Indian journal of veterinary science and animal husbandry - Volume 10,
Year: 1940
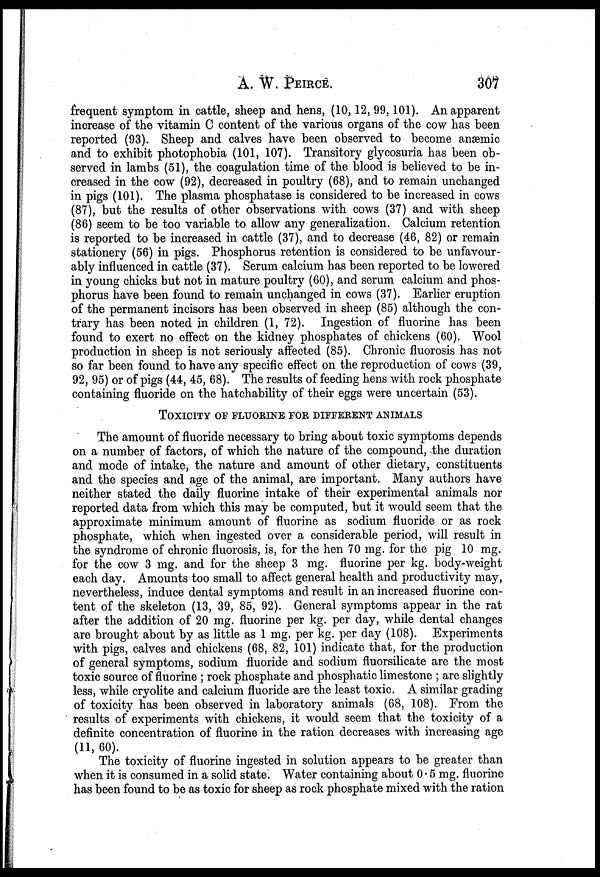
A. W. PEIRCE.
307
frequent symptom in cattle, sheep and hens, (10, 12, 99, 101). An apparent
increase of the vitamin C content of the various organs of the cow has been
reported (93). Sheep and calves have been observed to become anæmic
and to exhibit photophobia (101, 107). Transitory glycosuria has been ob-
served in lambs (51), the coagulation time of the blood is believed to be in-
creased in the cow (92), decreased in poultry (68), and to remain unchanged
in pigs (101). The plasma phosphatase is considered to be increased in cows
(87), but the results of other observations with cows (37) and with sheep
(86) seem to be too variable to allow any generalization. Calcium retention
is reported to be increased in cattle (37), and to decrease (46, 82) or remain
stationery (56) in pigs. Phosphorus retention is considered to be unfavour-
ably influenced in cattle (37). Serum calcium has been reported to be lowered
in young chicks but not in mature poultry (60), and serum calcium and phos-
phorus have been found to remain unchanged in cows (37). Earlier eruption
of the permanent incisors has been observed in sheep (85) although the con-
trary has been noted in children (1, 72). Ingestion of fluorine has been
found to exert no effect on the kidney phosphates of chickens (60). Wool
production in sheep is not seriously affected (85). Chronic fluorosis has not
so far been found to have any specific effect on the reproduction of cows (39,
92, 95) or of pigs (44, 45, 68). The results of feeding hens with rock phosphate
containing fluoride on the hatchability of their eggs were uncertain (53).
TOXICITY OF FLUORINE FOR DIFFERENT ANIMALS
The amount of fluoride necessary to bring about toxic symptoms depends
on a number of factors, of which the nature of the compound, the duration
and mode of intake, the nature and amount of other dietary, constituents
and the species and age of the animal, are important. Many authors have
neither stated the daily fluorine intake of their experimental animals nor
reported data from which this may be computed, but it would seem that the
approximate minimum amount of fluorine as sodium fluoride or as rock
phosphate, which when ingested over a considerable period, will result in
the syndrome of chronic fluorosis, is, for the hen 70 mg. for the pig 10 mg.
for the cow 3 mg. and for the sheep 3 mg. fluorine per kg. body-weight
each day. Amounts too small to affect general health and productivity may,
nevertheless, induce dental symptoms and result in an increased fluorine con-
tent of the skeleton (13, 39, 85, 92). General symptoms appear in the rat
after the addition of 20 mg. fluorine per kg. per day, while dental changes
are brought about by as little as 1 mg. per kg. per day (108). Experiments
with pigs, calves and chickens (68, 82, 101) indicate that, for the production
of general symptoms, sodium fluoride and sodium fluorsilicate are the most
toxic source of fluorine ; rock phosphate and phosphatic limestone ; are slightly
less, while cryolite and calcium fluoride are the least toxic. A similar grading
of toxicity has been observed in laboratory animals (68, 108). From the
results of experiments with chickens, it would seem that the toxicity of a
definite concentration of fluorine in the ration decreases with increasing age
(11, 60).
The toxicity of fluorine ingested in solution appears to be greater than
when it is consumed in a solid state. Water containing about 0.5 mg. fluorine
has been found to be as toxic for sheep as rock phosphate mixed with the ration